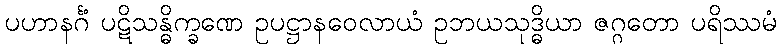
ပဟာနင်္ဂံ ပဋိသန္ဓိက္ခဏေ ဥပဋ္ဌာနဝေလာယံ ဥဘယသုဒ္ဓိယာ ဇဂ္ဂတော ပရိဿမံ